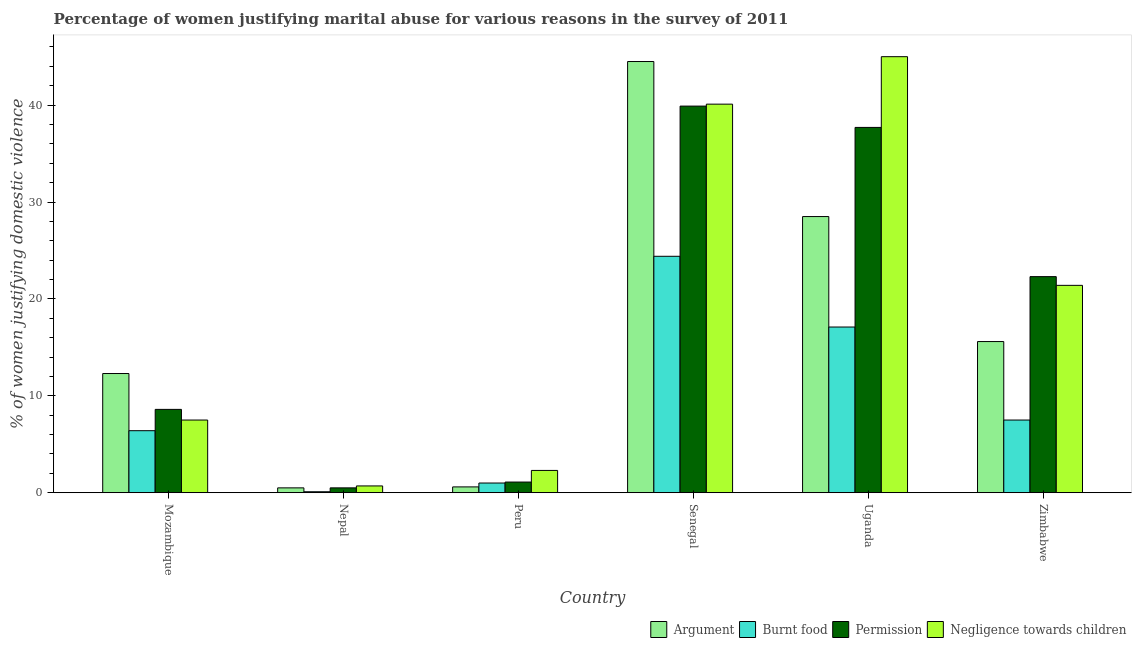
| Country | Argument | Burnt food | Permission | Negligence towards children |
 | --- | --- | --- | --- | --- |
 | Mozambique | 12.3 | 6.4 | 8.6 | 7.5 |
 | Nepal | 0.5 | 0.1 | 0.5 | 0.7 |
 | Peru | 0.6 | 1 | 1.1 | 2.3 |
 | Senegal | 44.5 | 24.4 | 39.9 | 40.1 |
 | Uganda | 28.5 | 17.1 | 37.7 | 45 |
 | Zimbabwe | 15.6 | 7.5 | 22.3 | 21.4 |